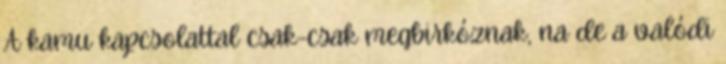
A kamu kapcsolattal csak-csak megbirkóznak, na de a valódi